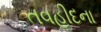
તવહીદના